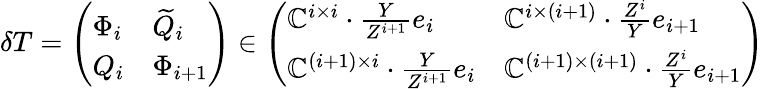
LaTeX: \delta T=\left(\begin{array}{ll}{\Phi_{i}}&{\widetilde{Q}_{i}}\\ {Q_{i}}&{\Phi_{i+1}}\end{array}\right)\in\left(\begin{array}{ll}{\mathbb{C}^{i\times i}\cdot\frac{Y}{Z^{i+1}}e_{i}}&{\mathbb{C}^{i\times(i+1)}\cdot\frac{Z^{i}}{Y}e_{i+1}}\\ {\mathbb{C}^{(i+1)\times i}\cdot\frac{Y}{Z^{i+1}}e_{i}}&{\mathbb{C}^{(i+1)\times(i+1)}\cdot\frac{Z^{i}}{Y}e_{i+1}}\end{array}\right)